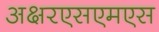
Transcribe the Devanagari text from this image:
अक्षरएसएमएस